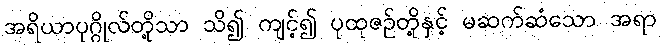
အရိယာပုဂ္ဂိုလ်တို့သာ သိ၍ ကျင့်၍ ပုထုဇဉ်တို့နှင့် မဆက်ဆံသော အရာ